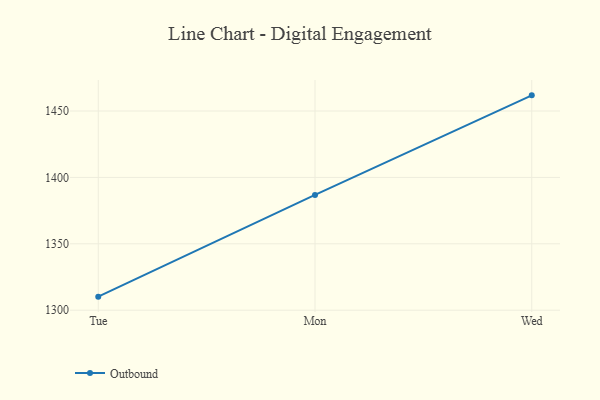
{"axis": {"x": "Day", "y": "Active Users"}, "legend": ["Outbound"], "data": [{"x": "Tue", "y": 1310.2, "type": "Outbound"}, {"x": "Mon", "y": 1386.8, "type": "Outbound"}, {"x": "Wed", "y": 1461.8, "type": "Outbound"}]}